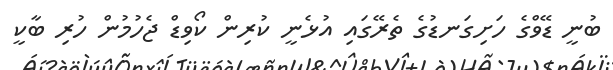
ބުނީ ޑޭވްގެ ހަށިގަނޑުގެ ތެރޭގައި އުޅެނީ ކުރިން ކޯވިޑް ޖެހުމުން ހުރި ބާކީ